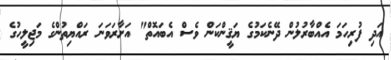
އަދި ފުރިހަމަ އެއްބާރުލުން ދޭނެކަމުގެ ޔަޤީންކަން ވެސް އެބައޮތް" އަށާރަވަނަ ރައްޔިތުންގެ މަޖިލީހުގެ